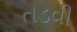
તડવી